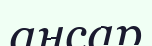
ансар